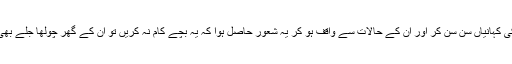
ان کی زبانی انھی کی کہانیاں سن سن کر اور ان کے حالات سے واقف ہو کر یہ شعور حاصل ہوا کہ یہ بچے کام نہ کریں تو ان کے گھر چولھا جلے بھی تو بھیک ملنے پر۔